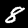
Digit: 8